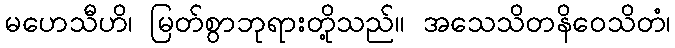
မဟေသီဟိ၊ မြတ်စွာဘုရားတို့သည်။ အသေသိတနိဝေသိတံ၊